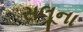
સલૂના